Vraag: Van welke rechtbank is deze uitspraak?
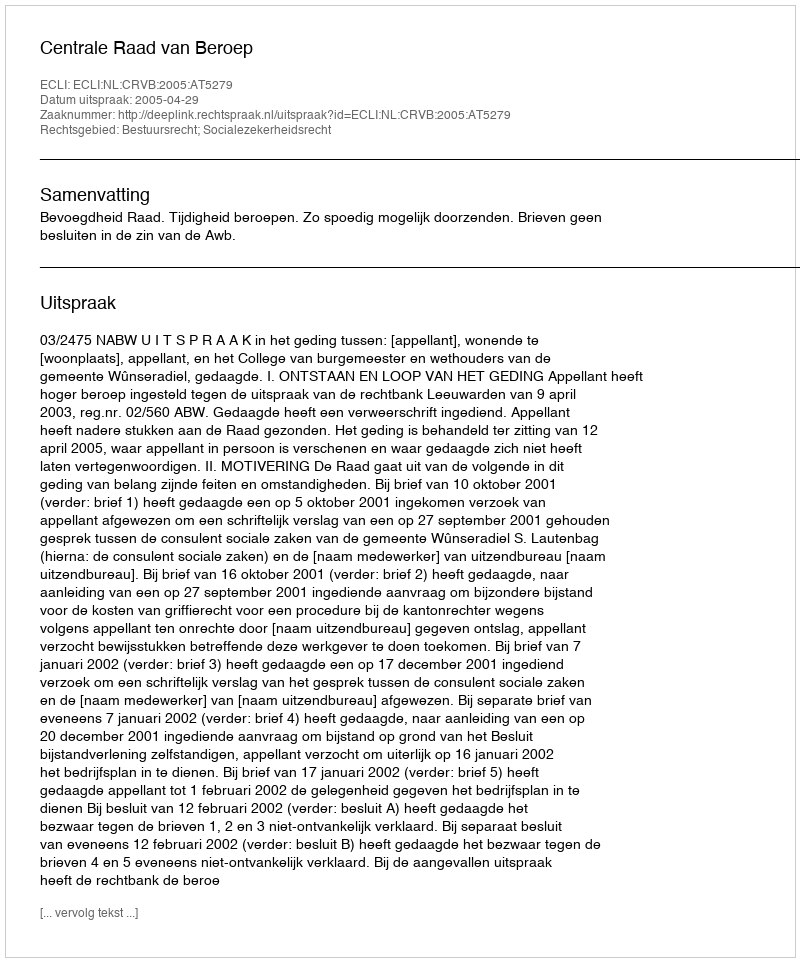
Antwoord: Centrale Raad van Beroep